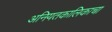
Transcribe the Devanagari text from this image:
अनियतकालिकाचा